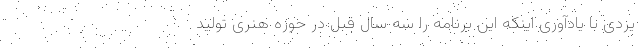
یزدی با یادآوری اینکه این برنامه را سه سال قبل در حوزه هنری تولید